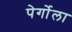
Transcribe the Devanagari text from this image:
पेर्गोला